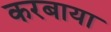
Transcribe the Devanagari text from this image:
करबाया